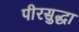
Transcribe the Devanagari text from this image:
पीरसुद्धा